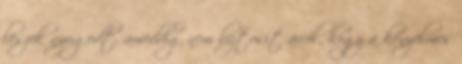
leszek nyugodt, ameddig nem biztosít arról, hogy a kényelmes